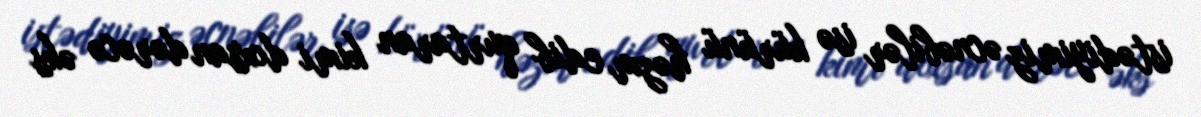
istədiyimiz əcnəbilər isə kürünü həzm edib qurtaran kimi doxsan dərəcə əks